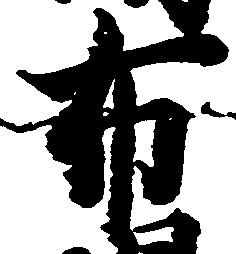
布